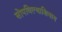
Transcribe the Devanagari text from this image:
सोपविल्याशिवाय